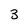
Character: 3